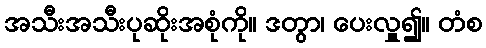
အသီးအသီးပုဆိုးအစုံကို။ ဒတွာ၊ ပေးလှူ၍။ တံစ